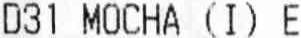
D31 MOCHA (I) E